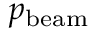
p _ { \mathrm { b e a m } }